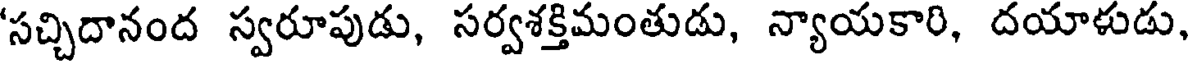
'సచ్చిదానంద స్వరూపుడు, సర్వశక్తిమంతుడు, న్యాయకారి, దయాళుడు,